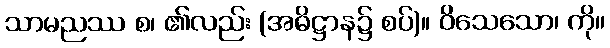
သာမညဿ စ၊ ၏လည်း (အဓိဋ္ဌာန၌ စပ်)။ ဝိသေသော၊ ကို။